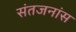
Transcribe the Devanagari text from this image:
संतजनांस